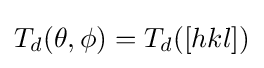
T_{d}(\theta ,\phi )=T_{d}([hkl])